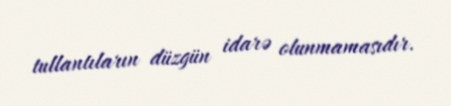
tullantıların düzgün idarə olunmamasıdır.